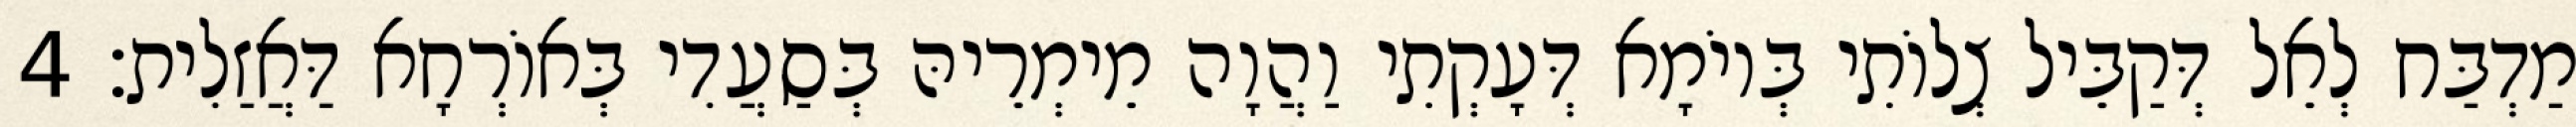
מַדְבַּח לְאֵל דְּקַבֵּיל צְלוֹתִי בְּיוֹמָא דְּעָקְתִי וַהֲוָה מֵימְרֵיהּ בְּסַעֲדִי בְּאוֹרְחָא דַּאֲזַלִית׃ 4